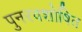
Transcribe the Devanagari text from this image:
पुनरवशोषित